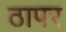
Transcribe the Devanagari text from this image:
ठापर